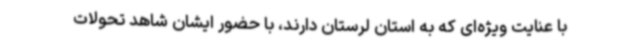
با عنایت ویژه‌ای که به استان لرستان دارند، با حضور ایشان شاهد تحولات